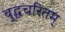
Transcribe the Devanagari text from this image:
बुद्धचरितम्‌